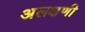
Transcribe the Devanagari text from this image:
अलक्षणी